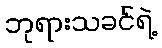
ဘုရားသခင်ရဲ့